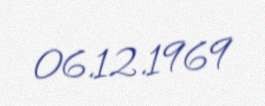
06.12.1969